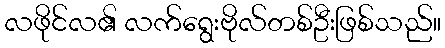
လဖိုင်လ၏ လက်ရွေးဗိုလ်တစ်ဦးဖြစ်သည်။